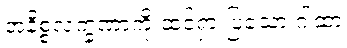
အနိစ္စလက္ခဏာကို ထင်ရှားပြသော ဂါထာ